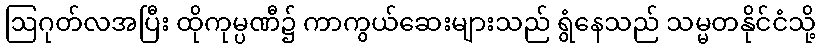
ဩဂုတ်လအပြီး ထိုကုမ္ပဏီ၌ ကာကွယ်ဆေးများသည် ရွံနေသည် သမ္မတနိုင်ငံသို့